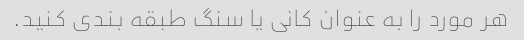
هر مورد را به عنوان کانی یا سنگ طبقه بندی کنید.